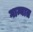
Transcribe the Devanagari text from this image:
गान्यात